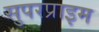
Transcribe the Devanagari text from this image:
सुपरप्राइम